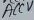
Text: AUCC